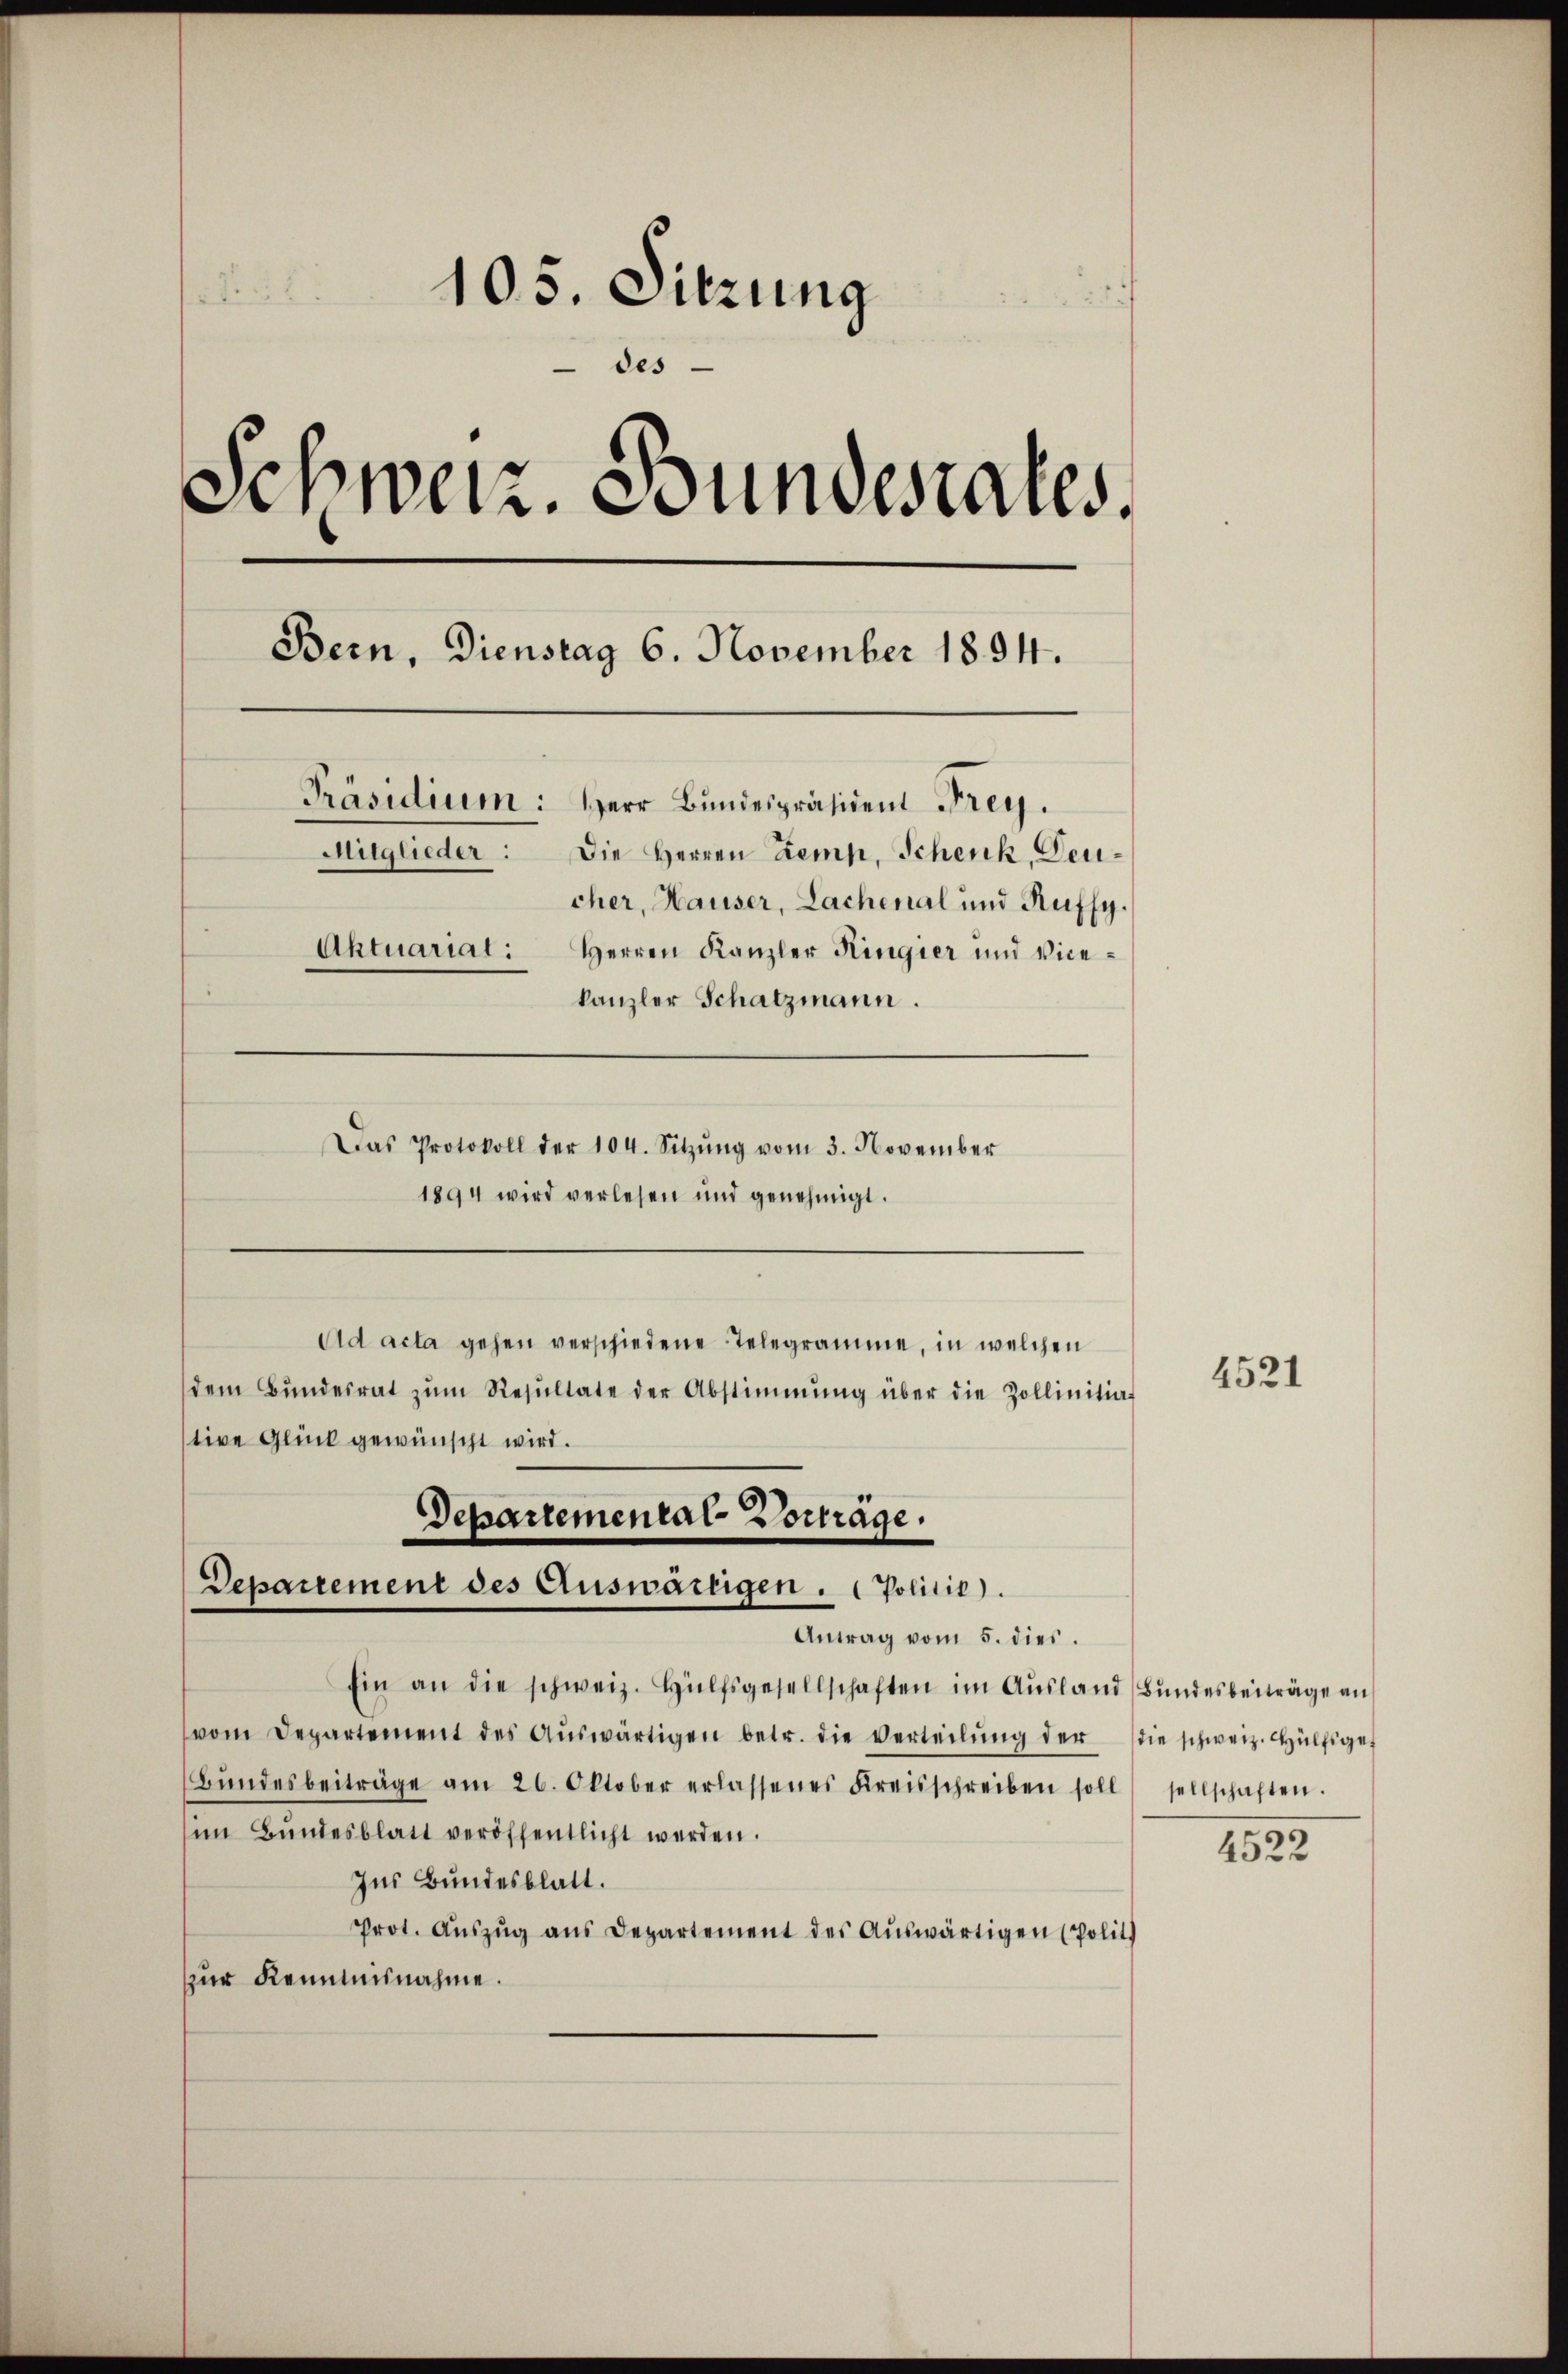
105. Sitzung

des
Schweiz. Bundesrates.
Bern, Dienstag 6. November 1894.
Präsidium: Herr Bundespräsident Frey.
Mitglieder: Die Herren Zemp, Schenk, Deucher, Hauser, Lachenal und Ruffy.
Aktuarial: Herren Kanzler Kingier und Vice-
kanzler Schatzmann.
Das Protokoll der 104. Sitzŭng vom 3. November

1894 wird verlesen und genehmigt.
Ad acta gehen verschiedene Telegramme, in welchen
dem Bŭndesrat zŭm Resŭltate der Abstimmung über die Zollinitiat
tive Glück gewünscht wird.
Departemental-Vorträge.

Departement des Auswärtigen. Politic).
Antrag vom 5. dies.

Ein an die schweiz. Hülfsgesellschaften im Aŭsland (Bŭndesbeiträge an
vom Departement des Aŭswärtigen betr. die Verteilŭng der die schweiz. Hülfsges
Bŭndesbeiträge am 26. Oktober erlassenes Kreisschreiben soll sellschaften.
im Bundesblatt veröffentlicht werden.
Ins Bundesblatt.
Prot. Aŭszŭg aŭs Departement des Aŭswärtigen (Polit
zur Kenntnisnahme.

4521

4522